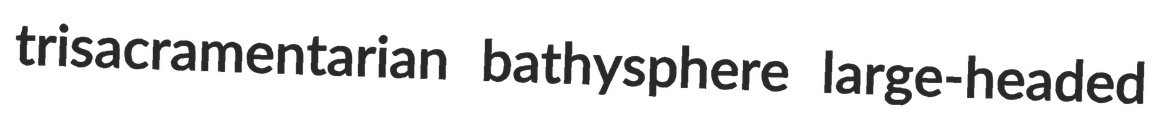
trisacramentarian bathysphere large-headed